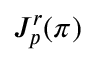
J _ { p } ^ { r } ( \pi )